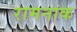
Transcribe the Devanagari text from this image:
रामनाक